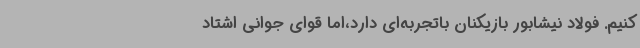
کنیم. فولاد نیشابور بازیکنان باتجربه‌ای دارد،اما قوای جوانی اشتاد